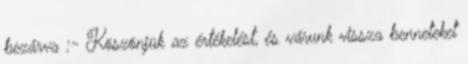
bezárva :- Köszönjük az értékelést, és várunk vissza benneteket